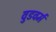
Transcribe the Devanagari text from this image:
वुडवर्म